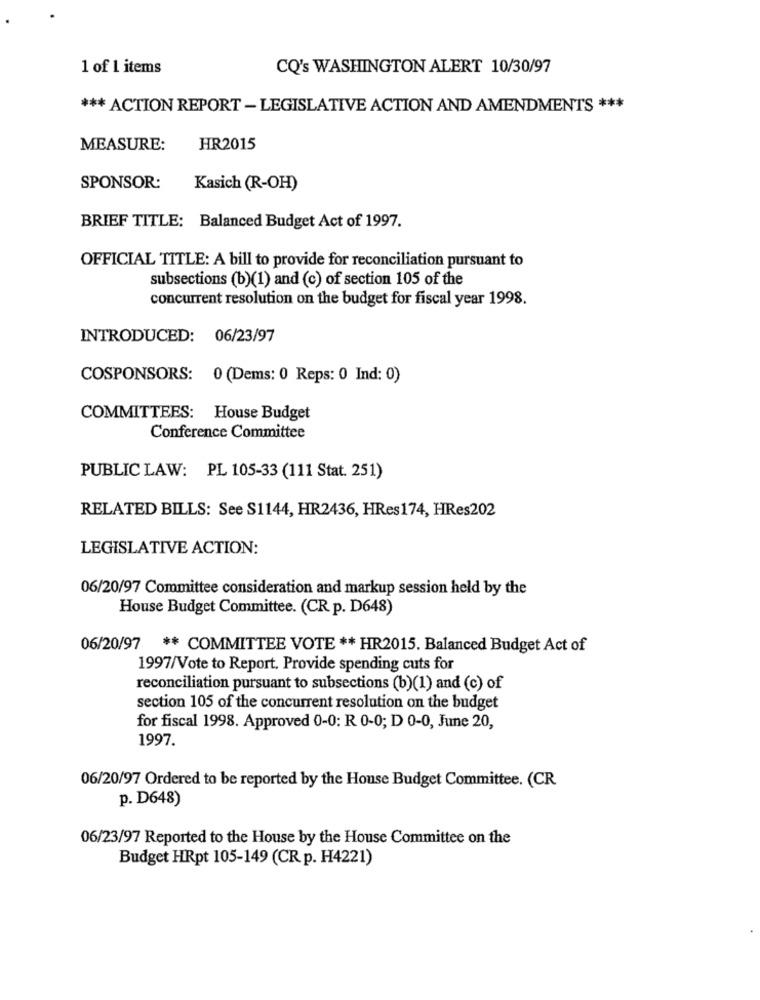
1 of 1 items
CQ's WASHINGTON ALERT 10/30/97
*** ACTION REPORT - LEGISLATIVE ACTION AND AMENDMENTS ***
MEASURE:
HR2015
SPONSOR:
Kasich (R-OH)
BRIEF TITLE: Balanced Budget Act of 1997.
OFFICIAL TITLE: A bill to provide for reconciliation pursuant to
subsections (b)(1) and (c) of section 105 of the
concurrent resolution on the budget for fiscal year 1998.
INTRODUCED: 06/23/97
COSPONSORS: 0 (Dems: 0 Reps: 0 Ind: 0)
COMMITTEES: House Budget
Conference Committee
PUBLIC LAW: PL 105-33 (111 Stat. 251)
RELATED BILLS: See S1144, HR2436, HRes 174, HRes202
LEGISLATIVE ACTION:
06/20/97 Committee consideration and markup session held by the
House Budget Committee. (CR p. D648)
06/20/97 ** COMMITTEE VOTE ** HR2015. Balanced Budget Act of
1997/Vote to Report. Provide spending cuts for
reconciliation pursuant to subsections (b)(1) and (c) of
section 105 of the concurrent resolution on the budget
for fiscal 1998. Approved 0-0: R 0-0; D 0-0, June 20,
1997.
06/20/97 Ordered to be reported by the House Budget Committee. (CR
p. D648)
06/23/97 Reported to the House by the House Committee on the
Budget HRpt 105-149 (CR p. H4221)